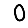
Digit: 0